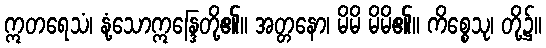
ဣတရေသံ၊ နုံ့သောဣန္ဒြေတို့၏။ အတ္တနော၊ မိမိ မိမိ၏။ ကိစ္စေသု၊ တို့၌။